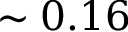
\sim 0 . 1 6